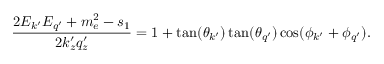
\frac { 2 E _ { k ^ { \prime } } E _ { q ^ { \prime } } + m _ { e } ^ { 2 } - s _ { 1 } } { 2 k _ { z } ^ { \prime } q _ { z } ^ { \prime } } = 1 + \tan ( \theta _ { k ^ { \prime } } ) \tan ( \theta _ { q ^ { \prime } } ) \cos ( \phi _ { k ^ { \prime } } + \phi _ { q ^ { \prime } } ) .